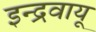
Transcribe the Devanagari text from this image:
इन्द्रवायू